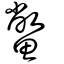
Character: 鱉